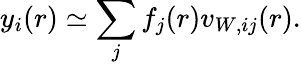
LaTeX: y_{i}(r)\simeq\sum_{j}f_{j}(r)v_{W,ij}(r).